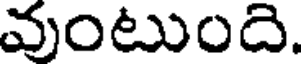
వుంటుంది.